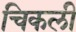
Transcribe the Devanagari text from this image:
चिकली